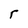
Character: r